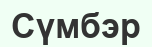
Сүмбэр